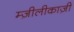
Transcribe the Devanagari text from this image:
म्ज़ीलीकाज़ी